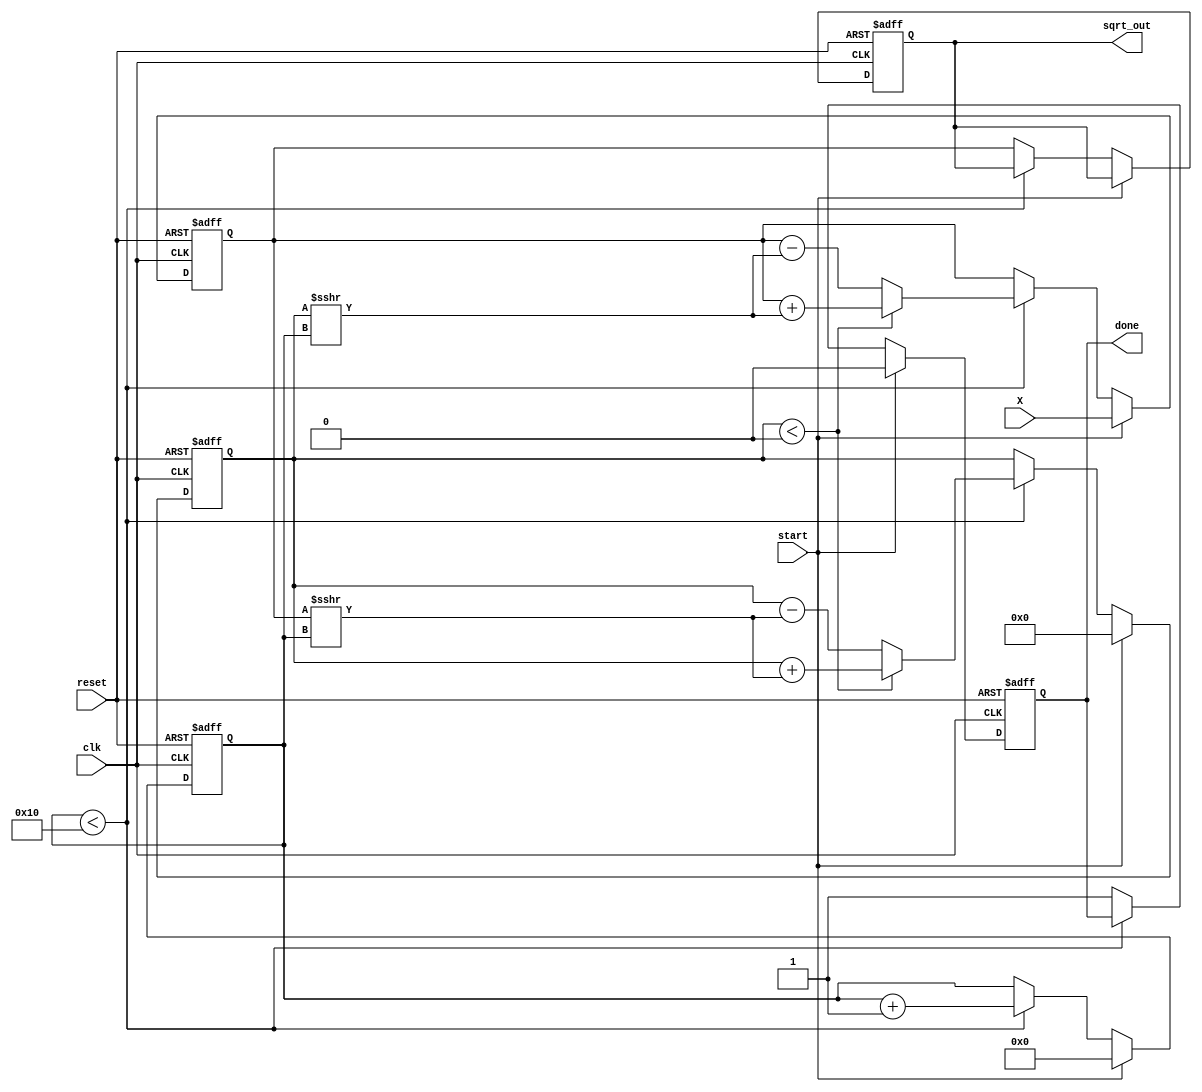
module cordic_sqrt (
    input wire clk,                // Clock signal
    input wire reset,              // Reset signal
    input wire start,              // Start signal for calculation
    input wire [15:0] X,           // Input fixed-point number (16-bit)
    output reg [15:0] sqrt_out,    // Output fixed-point square root (16-bit)
    output reg done                // Done signal indicating completion
);

    // CORDIC parameters
    parameter NUM_ITERATIONS = 16; // Number of iterations for CORDIC
    reg [15:0] x_reg, y_reg;        // Registers for x and y values
    reg [15:0] z_reg;                // Register for angle
    reg [3:0] iteration;            // Iteration counter
    reg [15:0] angle_table [0:NUM_ITERATIONS-1]; // Angle lookup table

    // Initialize angle table for square root calculation
    initial begin
        angle_table[0] = 16'h1C71; // atan(1/2^0)
        angle_table[1] = 16'h1B71; // atan(1/2^1)
        angle_table[2] = 16'h1A71; // atan(1/2^2)
        angle_table[3] = 16'h1971; // atan(1/2^3)
        angle_table[4] = 16'h1861; // atan(1/2^4)
        angle_table[5] = 16'h1751; // atan(1/2^5)
        angle_table[6] = 16'h1641; // atan(1/2^6)
        angle_table[7] = 16'h1531; // atan(1/2^7)
        angle_table[8] = 16'h1421; // atan(1/2^8)
        angle_table[9] = 16'h1311; // atan(1/2^9)
        angle_table[10] = 16'h1201; // atan(1/2^10)
        angle_table[11] = 16'h10F1; // atan(1/2^11)
        angle_table[12] = 16'h0FE1; // atan(1/2^12)
        angle_table[13] = 16'h0ED1; // atan(1/2^13)
        angle_table[14] = 16'h0DC1; // atan(1/2^14)
        angle_table[15] = 16'h0CB1; // atan(1/2^15)
    end

    // State machine for CORDIC iterations
    always @(posedge clk or posedge reset) begin
        if (reset) begin
            sqrt_out <= 16'b0;
            done <= 1'b0;
            iteration <= 4'b0;
            x_reg <= 16'b0;
            y_reg <= 16'b0;
            z_reg <= 16'b0;
        end else if (start) begin
            // Initialize registers for the first iteration
            x_reg <= X;
            y_reg <= 16'h0; // Start with y = 0
            z_reg <= 16'h0; // Start with z = 0
            iteration <= 4'b0;
            done <= 1'b0;
        end else if (iteration < NUM_ITERATIONS) begin
            // CORDIC iteration
            if (y_reg < 0) begin
                // Apply rotation
                x_reg <= x_reg + (y_reg >>> iteration);
                y_reg <= y_reg + (x_reg >>> iteration);
                z_reg <= z_reg - angle_table[iteration];
            end else begin
                // Apply rotation
                x_reg <= x_reg - (y_reg >>> iteration);
                y_reg <= y_reg - (x_reg >>> iteration);
                z_reg <= z_reg + angle_table[iteration];
            end
            iteration <= iteration + 1;
        end else begin
            // Final output
            sqrt_out <= x_reg; // Final square root result
            done <= 1'b1; // Indicate completion
        end
    end

endmodule